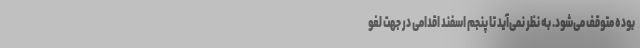
بوده متوقف می‌شود. به نظر نمی‌آید تا پنجم اسفند اقدامی در جهت لغو